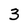
Character: 3